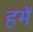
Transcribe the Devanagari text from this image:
हमेँ